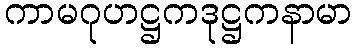
ကာမဂုဟဋ္ဌကဒုဋ္ဌကနာမာ